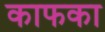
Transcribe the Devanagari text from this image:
काफका